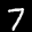
Label: 7